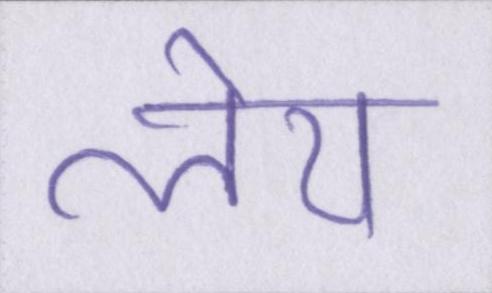
लेय